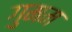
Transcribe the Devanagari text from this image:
गुमम